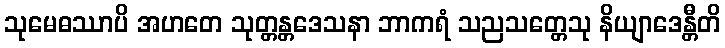
သုမေဓဿာပိ အဟတေ သုတ္တန္တဒေသနာ ဘာကရံ သညသတ္တေသု နိယျာဒေန္တီတိ